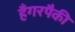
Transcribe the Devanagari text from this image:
हँगरपैकी